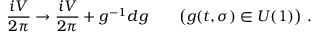
{ \frac { i V } { 2 \pi } } \rightarrow { \frac { i V } { 2 \pi } } + g ^ { - 1 } d g \qquad \big ( g ( t , \sigma ) \in U ( 1 ) \big ) \ .